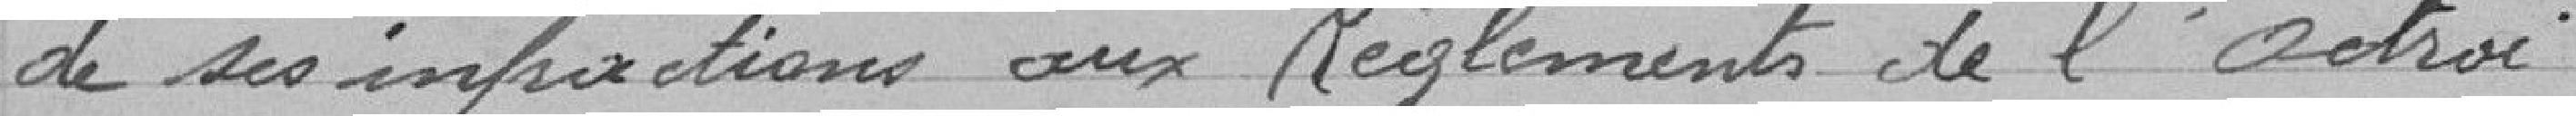
des ses infractions aux Règlements de l'Octroi.